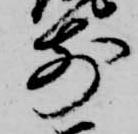
前